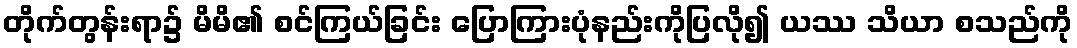
တိုက်တွန်းရာ၌ မိမိ၏ စင်ကြယ်ခြင်း ပြောကြားပုံနည်းကိုပြလို၍ ယဿ သိယာ စသည်ကို